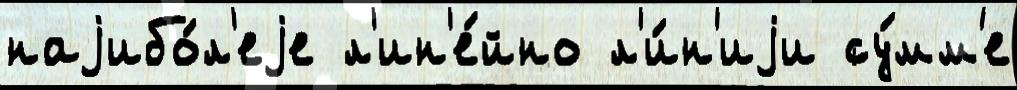
наjибо́л'еjе л'ин'е́йно л'и́н'иjи су́мм'е